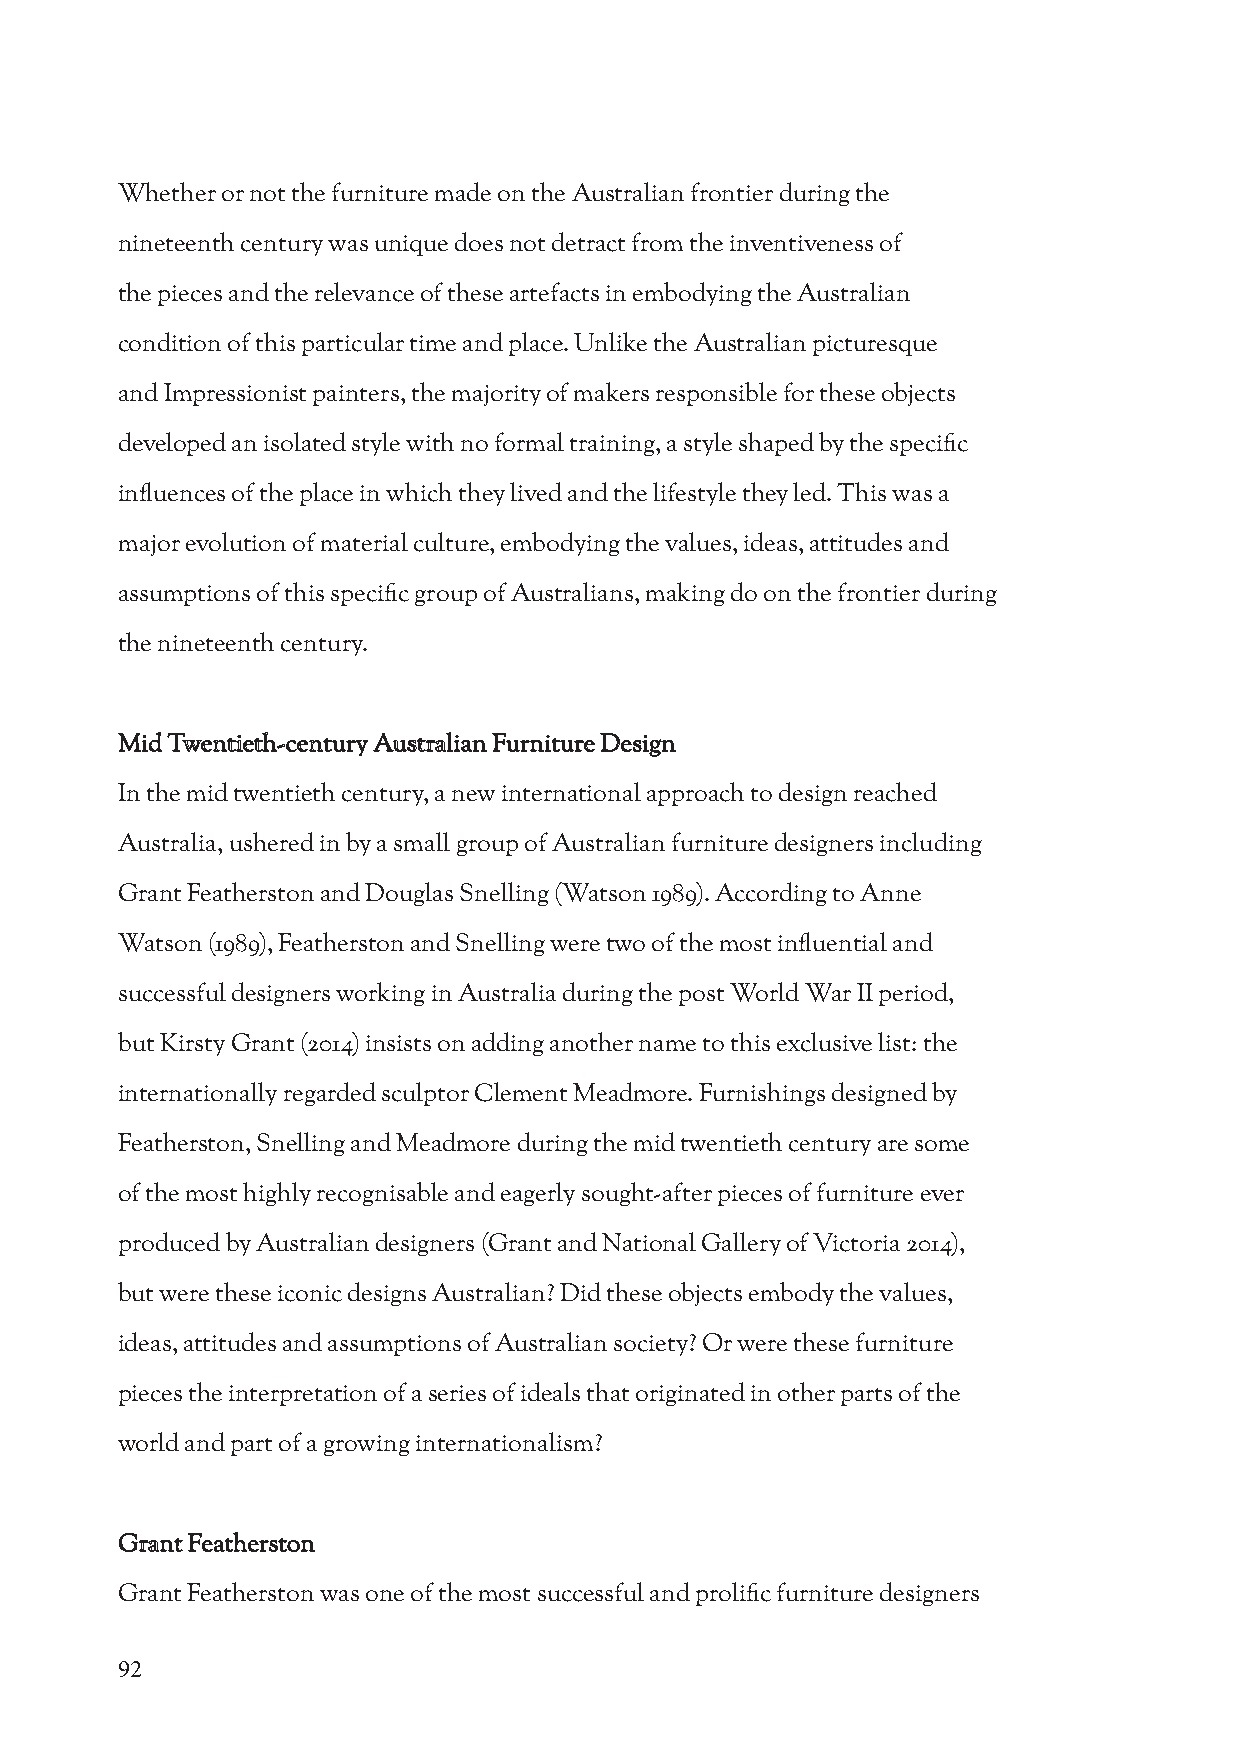
Whether or not the furniture made on the Australian frontier during the
 nineteenth century was unique does not detract from the inventiveness of
 the pieces and the relevance of these artefacts in embodying the Australian
 condition of this particular time and place. Unlike the Australian picturesque
 and Impressionist painters, the majority of makers responsible for these objects
 developed an isolated style with no formal training, a style shaped by the specific
 influences of the place in which they lived and the lifestyle they led. This was a
 major evolution of material culture, embodying the values, ideas, attitudes and
 assumptions of this specific group of Australians, making do on the frontier during
 the nineteenth century.
 Mid Twentieth-century Australian Furniture Design
 In the mid twentieth century, a new international approach to design reached
 Australia, ushered in by a small group of Australian furniture designers including
 Grant Featherston and Douglas Snelling (Watson 1989). According to Anne
 Watson (1989), Featherston and Snelling were two of the most influential and
 successful designers working in Australia during the post World War II period,
 but Kirsty Grant (2014) insists on adding another name to this exclusive list: the
 internationally regarded sculptor Clement Meadmore. Furnishings designed by
 Featherston, Snelling and Meadmore during the mid twentieth century are some
 of the most highly recognisable and eagerly sought-after pieces of furniture ever
 produced by Australian designers (Grant and National Gallery of Victoria 2014),
 but were these iconic designs Australian? Did these objects embody the values,
 ideas, attitudes and assumptions of Australian society? Or were these furniture
 pieces the interpretation of a series of ideals that originated in other parts of the
 world and part of a growing internationalism?
 Grant Featherston
 Grant Featherston was one of the most successful and prolific furniture designers
 92